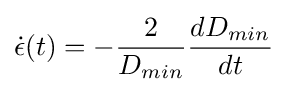
{\dot {\epsilon }}(t)=-{\frac {2}{D_{min}}}{\frac {dD_{min}}{dt}}